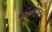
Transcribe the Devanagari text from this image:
सींमंधर